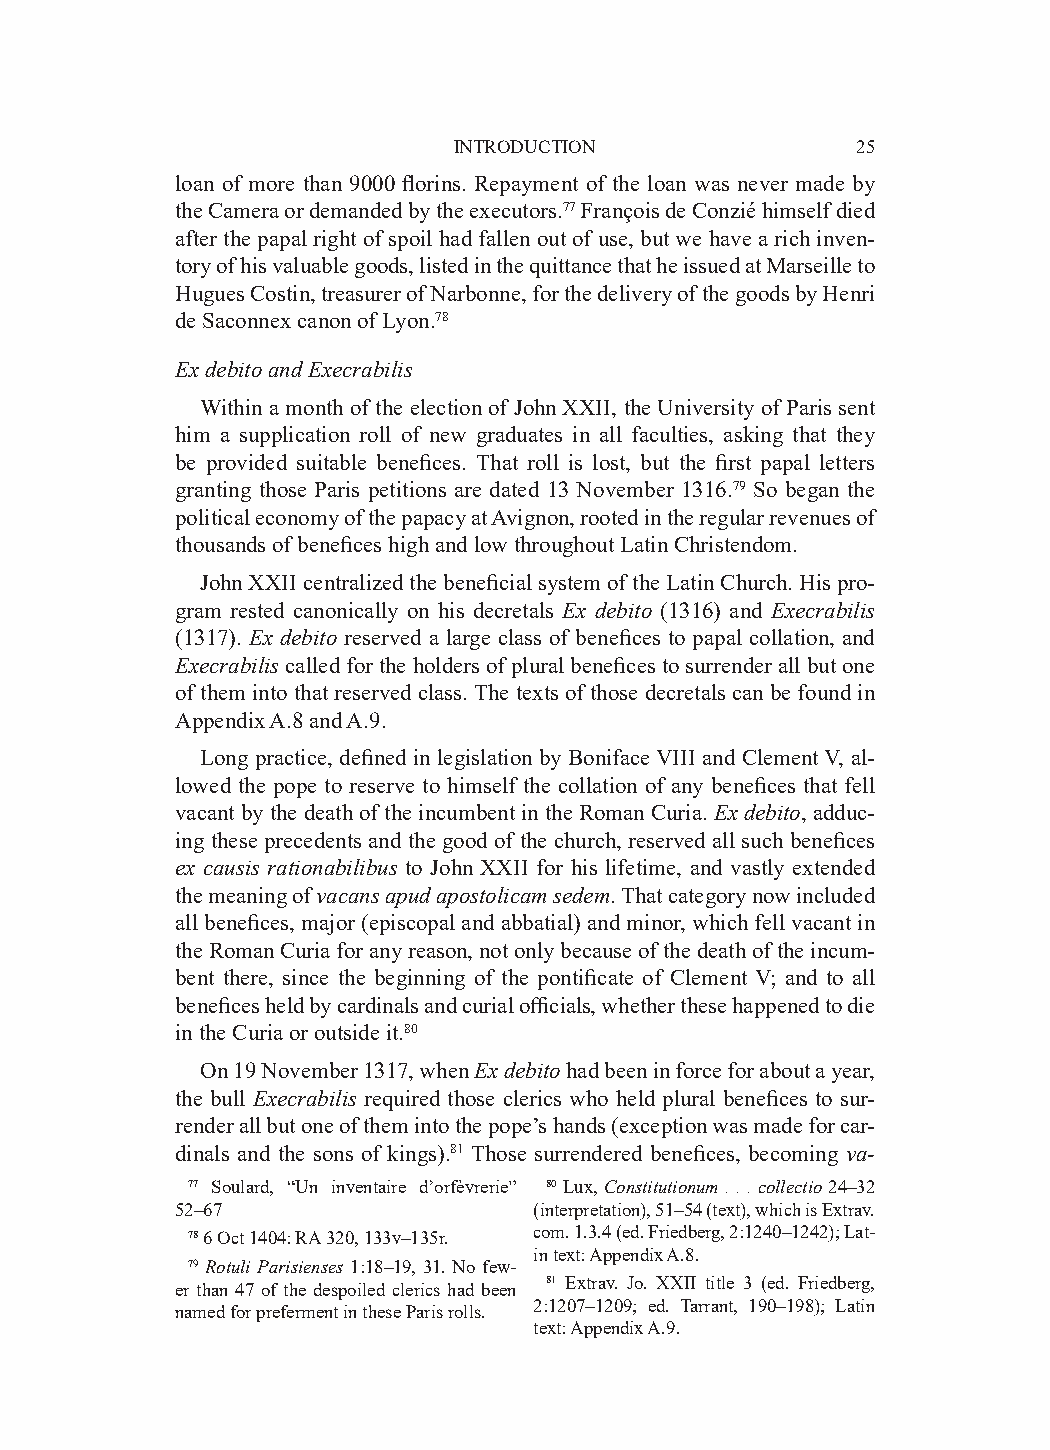
INTRODUCTION               25
 loan of more than 9000 florins. Repayment of the loan was never made by
 the Camera or demanded by the executors.77 François de Conzié himself died
 after the papal right of spoil had fallen out of use, but we have a rich inven-
 tory of his valuable goods, listed in the quittance that he issued at Marseille to
 Hugues Costin, treasurer of Narbonne, for the delivery of the goods by Henri
 de Saconnex canon of Lyon.78
 Ex debito and Execrabilis
 Within a month of the election of John XXII, the University of Paris sent
 him a supplication roll of new graduates in all faculties, asking that they
 be provided suitable benefices. That roll is lost, but the first papal letters
 granting those Paris petitions are dated 13 November 1316.79 So began the
 political economy of the papacy at Avignon, rooted in the regular revenues of
 thousands of benefices high and low throughout Latin Christendom.
 John XXII centralized the beneficial system of the Latin Church. His pro-
 gram rested canonically on his decretals Ex debito (1316) and Execrabilis
 (1317). Ex debito reserved a large class of benefices to papal collation, and
 Execrabilis called for the holders of plural benefices to surrender all but one
 of them into that reserved class. The texts of those decretals can be found in
 Appendix A.8 and A.9.
 Long practice, defined in legislation by Boniface VIII and Clement V, al-
 lowed the pope to reserve to himself the collation of any benefices that fell
 vacant by the death of the incumbent in the Roman Curia. Ex debito, adduc-
 ing these precedents and the good of the church, reserved all such benefices
 ex causis rationabilibus to John XXII for his lifetime, and vastly extended
 the meaning of vacans apud apostolicam sedem. That category now included
 all benefices, major (episcopal and abbatial) and minor, which fell vacant in
 the Roman Curia for any reason, not only because of the death of the incum-
 bent there, since the beginning of the pontificate of Clement V; and to all
 benefices held by cardinals and curial officials, whether these happened to die
 in the Curia or outside it.80
 On 19 November 1317, when Ex debito had been in force for about a year,
 the bull Execrabilis required those clerics who held plural benefices to sur-
 render all but one of them into the pope’s hands (exception was made for car-
 dinals and the sons of kings).81 Those surrendered benefices, becoming va­
 77 Soulard, “Un inventaire d’orfèvrerie” 80 Lux, Constitutionum . . . collectio 24–32
 52–67                  (interpretation), 51–54 (text), which is Extrav.
 78 6 Oct 1404: RA 320, 133v–135r. com. 1.3.4 (ed. Friedberg, 2:1240–1242); Lat-
 in text: Appendix A.8.
 79 Rotuli Parisienses 1:18–19, 31. No few-
 er than 47 of the despoiled clerics had been 81 Extrav. Jo. XXII title 3 (ed. Friedberg,
 named for preferment in these Paris rolls. 2:1207–1209; ed. Tarrant, 190–198); Latin
 text: Appendix A.9.